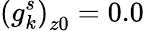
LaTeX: \left(g_{k}^{s}\right)_{z0}=0.0